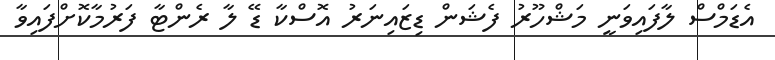
އެޑަމްސް ލާފައިވަނީ މަޝްހޫރު ފެޝަން ޑިޒައިނަރު އޮސްކާ ޑޭ ލާ ރެންޓާ ފަރުމާކޮށްފައިވާ